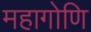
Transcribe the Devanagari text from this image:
महागोणि